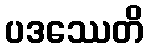
ပဒဿေတိ